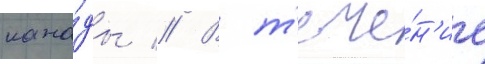
кана́ды // В т'ече́н'ие